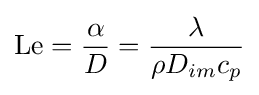
\mathrm {Le} ={\frac {\alpha }{D}}={\frac {\lambda }{\rho D_{im}c_{p}}}